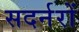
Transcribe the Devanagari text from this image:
सदर्नरों